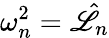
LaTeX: \omega_{n}^{2}=\hat{\mathscr{L}}_{n}